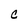
Character: C